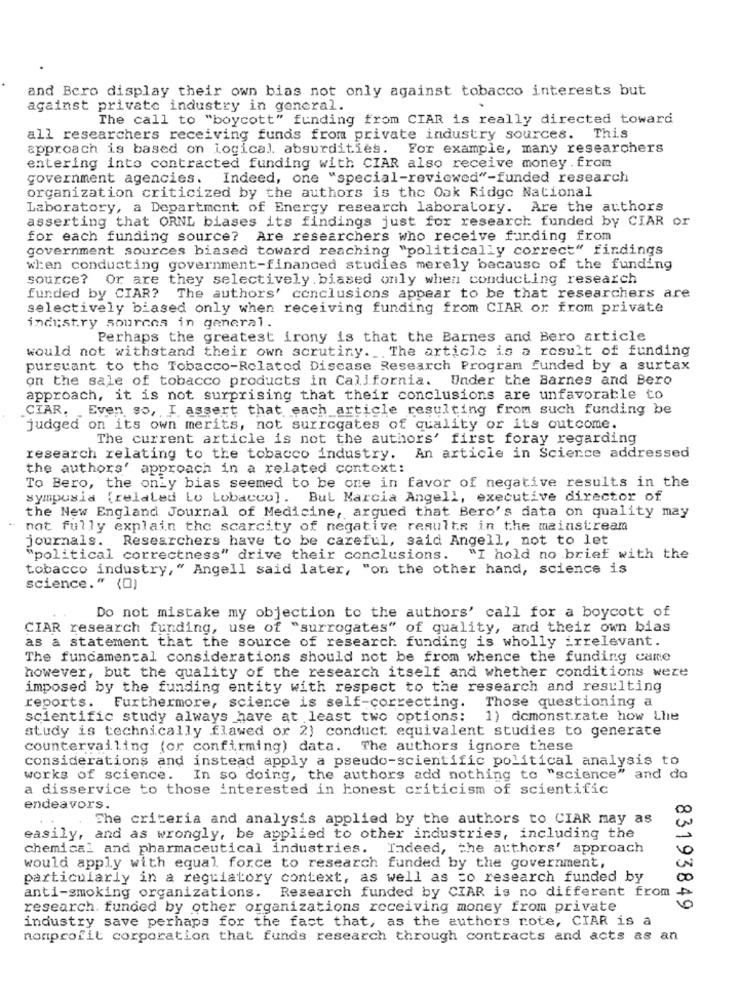
and Bero display their own bias not only against tobacco interests but
against private industry in general.
The call to "boycott" funding from CIAR is really directed toward
all researchers receiving funds from private industry sources. This
approach is based on logical. absurdities. For example, many researchers
entering into contracted funding with CIAR also receive money . from
government agencies.
Indeed, one "special-reviewed"-funded research
organization criticized by the authors is the Oak Ridge National
Laboratory, a Department of Energy research laboratory. Are the authors
asserting that ORNL biases its findings just for research funded by CIAR or
for each funding source? Are researchers who receive funding from
government sources biased toward reaching "politically correct" findings
when conducting government-financed studies merely because of the funding
source? Or are they selectively. biased only when conducting research
funded by CIAR? The authors' conclusions appear to be that researchers are
selectively biased only when receiving funding from CIAR or from private
industry sources in general.
Perhaps the greatest irony is that the Barnes and Bero article
would not withstand their own scrutiny. The article is a result of funding
pursuant to the Tobacco-Related Disease Research Program funded by a surtax
on the sale of tobacco products in California. Under the Barnes and Bero
approach, it is not surprising that their conclusions are unfavorable to
CIAR. . Even so, I assert that each article resulting from such funding be
judged on its own merits, not surrogates of quality or its outcome.
The current article is not the authors' first foray regarding
research relating to the tobacco industry. An article in Science addressed
the authors' approach in a related context:
To Bero, the only bias seemed to be one in favor of negative results in the
sympusia (relaled Lo Lobacco]. Bul Marcia Angell, executive director of
the New England Journal of Medicine, argued that Bero's data on quality may
not fully explain the scarcity of negative results in the mainstream
journals. Researchers have to be careful, said Angell, not to let
"political correctness" drive their conclusions. "I hold no brief with the
tobacco industry," Angell said later, "on the other hand, science is
science." (0)
Do not mistake my objection to the authors' call for a boycott of
CIAR research funding, use of "surrogates" of quality, and their own bias
as a statement that the source of research funding is wholly irrelevant.
The fundamental considerations should not be from whence the funding came
however, but the quality of the research itself and whether conditions were
imposed by the funding entity with respect to the research and resulting
reports. Furthermore, science is self-correcting.
Those questioning a
scientific study always have at least two options: 1) demonstrate how Lhe
study is technically flawed or 2) conduct equivalent studies to generate
countervailing (or confirming) data. The authors ignore these
considerations and instead apply a pseudo-scientific political analysis to
works of science.
. In so doing, the authors add nothing to "science" and do
a disservice to those interested in honest criticism of scientific
endeavors.
. The criteria and analysis applied by the authors to CIAR may as
easily, and as wrongly, be applied to other industries, including the
chemical and pharmaceutical industries. Indeed, the authors' approach
would apply with equal force to research funded by the government,
particularly in a regulatory context, as well as =o research funded by
anti-smoking organizations. Research funded by CIAR is no different from
research. funded by other organizations receiving money from private
83193849
industry save perhaps for the fact that, as the authors rote, CIAR is a
nonprofit corporation that funds research through contracts and acts as an